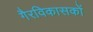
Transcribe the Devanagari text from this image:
गैरविकासकों